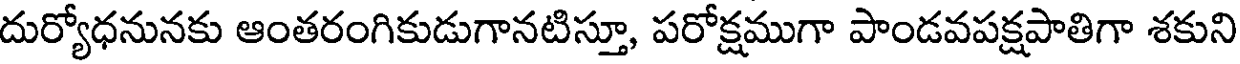
దుర్యోధనునకు ఆంతరంగికుడుగానటిస్తూ, పరోక్షముగా పాండవపక్షపాతిగా శకుని